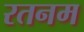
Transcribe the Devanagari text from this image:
रतनम